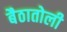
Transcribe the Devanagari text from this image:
बैठातोली